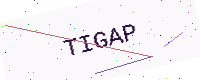
Text: TIGAP